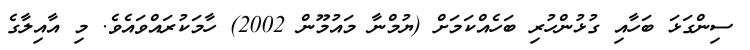
ސިންގަޅަ ބަހާއި ގުޅުންހުރި ބަހެއްކަމަށް (ޔުމްނާ މައުމޫން 2002) ހާމަކުރައްވައެވެ. މި އާއިލާގެ